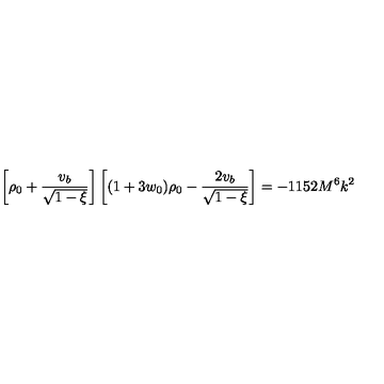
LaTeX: \left[ \rho _ { 0 } + \frac { v _ { b } } { \sqrt { 1 - \xi } } \right] \left[ ( 1 + 3 w _ { 0 } ) \rho _ { 0 } - \frac { 2 v _ { b } } { \sqrt { 1 - \xi } } \right] = - 1 1 5 2 M ^ { 6 } k ^ { 2 }